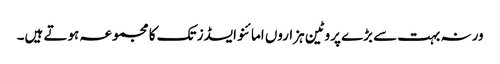
ورنہ بہت سے بڑے پروٹین ہزاروں امائنو ایسڈز تک کا مجموعہ ہوتے ہیں۔